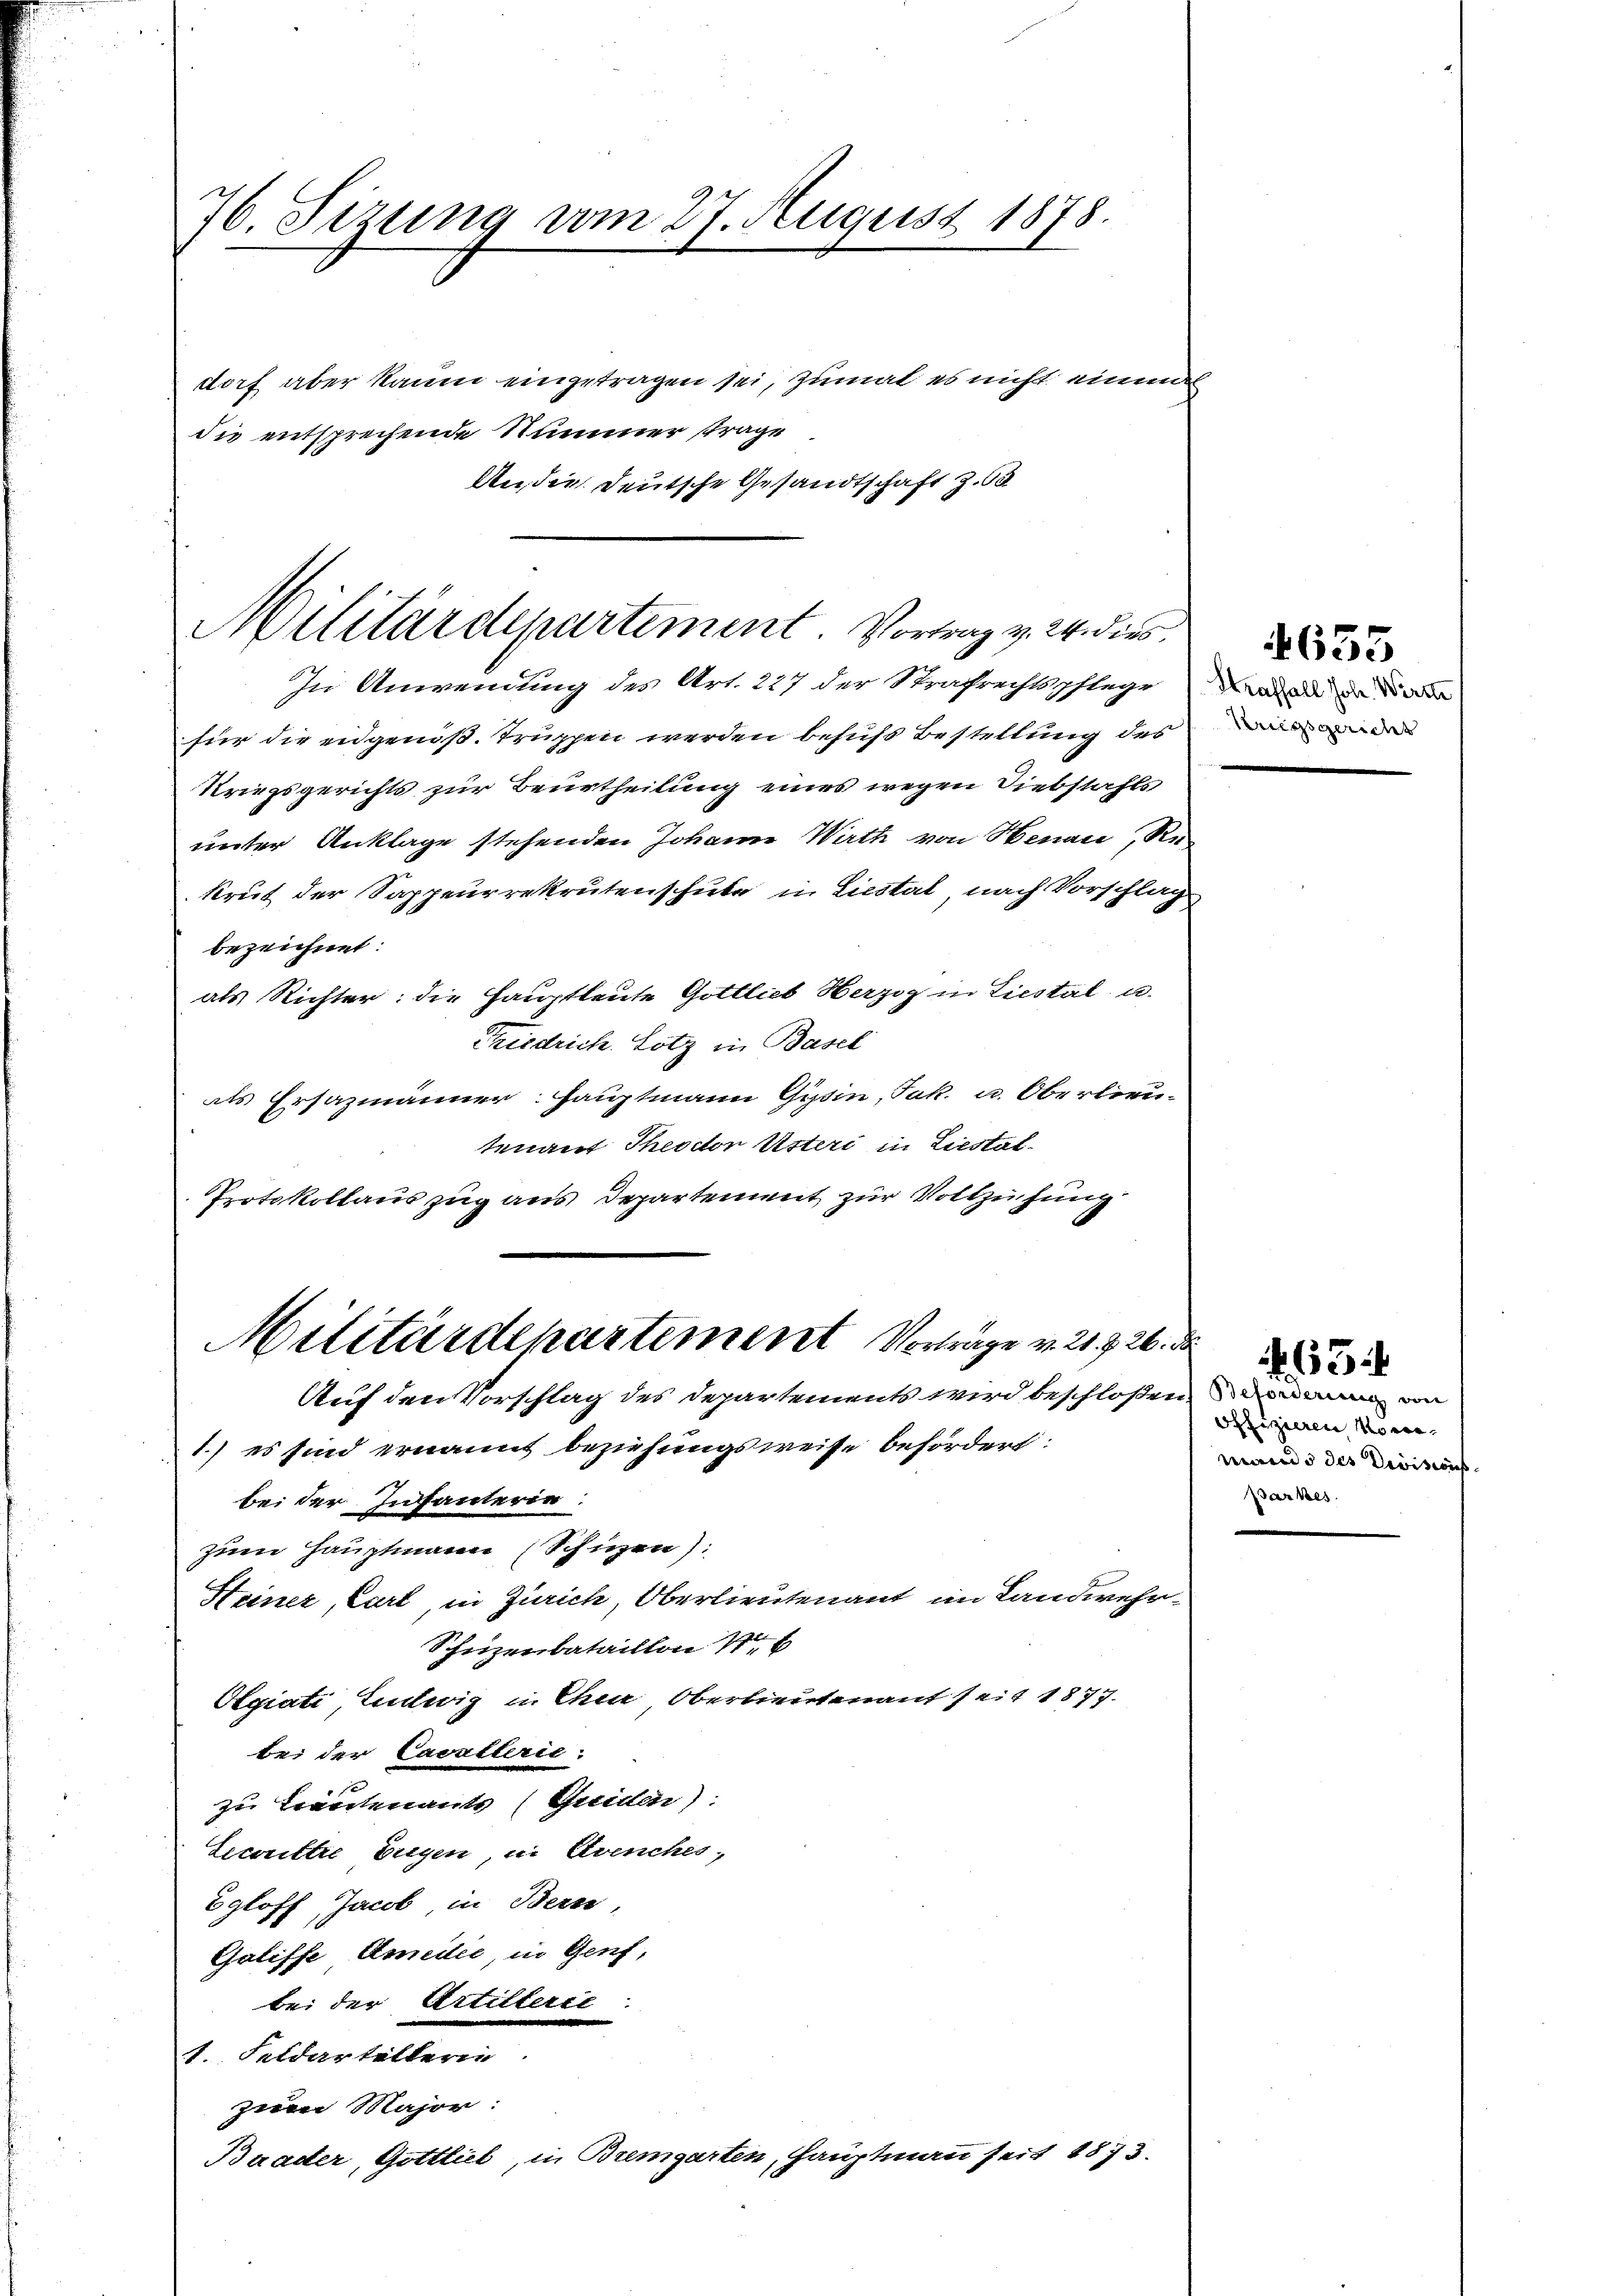
76. Sizung vom 27. August 1878.

dorf aber kaum eingetragen sei, zumal es nicht einmal
die entsprechende Nummer strage
An die Deutsche Gesandtschaft Z. 63

Militärdepartement. Vortrag v. 24. dies

In Anwendung des Art. 227 der Strafrechtsschlegenden in werde
für die engenoß. Truppen werden behufs Bestellung des
Kriegsgerichts zur Beurtheilung eines wegen Diebstahls
unter Anklage stehenden Johann Wirth von Henau, Rekrut der Sappeurrekrutenschule in Liestat, nach Vorschlag
bezeichnet:
als Richter: die Hauptleute Gottlich Herzog in Liestal u.
Friedrich. Lotz in Basel
als Ersazmänner Hauptmann Gysin, Jak. u. Oberlieutenauf Theodor Usteri in Liestal¬
Protokollauszug aus Departement zur Vollzuhung
Auf den Vorschlag des Departements wird beschloßen ein von
1.) es sind ernannt beziehungsweise befördert:
bei der Infanterie
zum Hauptmann (Schüzen):
Heiner, Carl, in Zürich, Oberlieutenant im Landwehr¬
Schüzenbataillon 1
Olgiati, Lentwig in Ehen Oberlieutenauf seit 1877.
bei der Cavallerie:
zu trautenants (Greiden).
Leceritte Eigen, in Avenches,
Egloff, Jacob in Bern,
Galiffe Amedie, in Genf,
bei der Artillerie
1. Feldartellerin
zum Major:
Baader, Gottlieb, in Bremgarten, Hauptmann seit 1873.

Militärdepartement Vortrage v. 21. 726. d

Kriegsgericht

635

offizieren Mome
mando des Divisions
Barkes

63